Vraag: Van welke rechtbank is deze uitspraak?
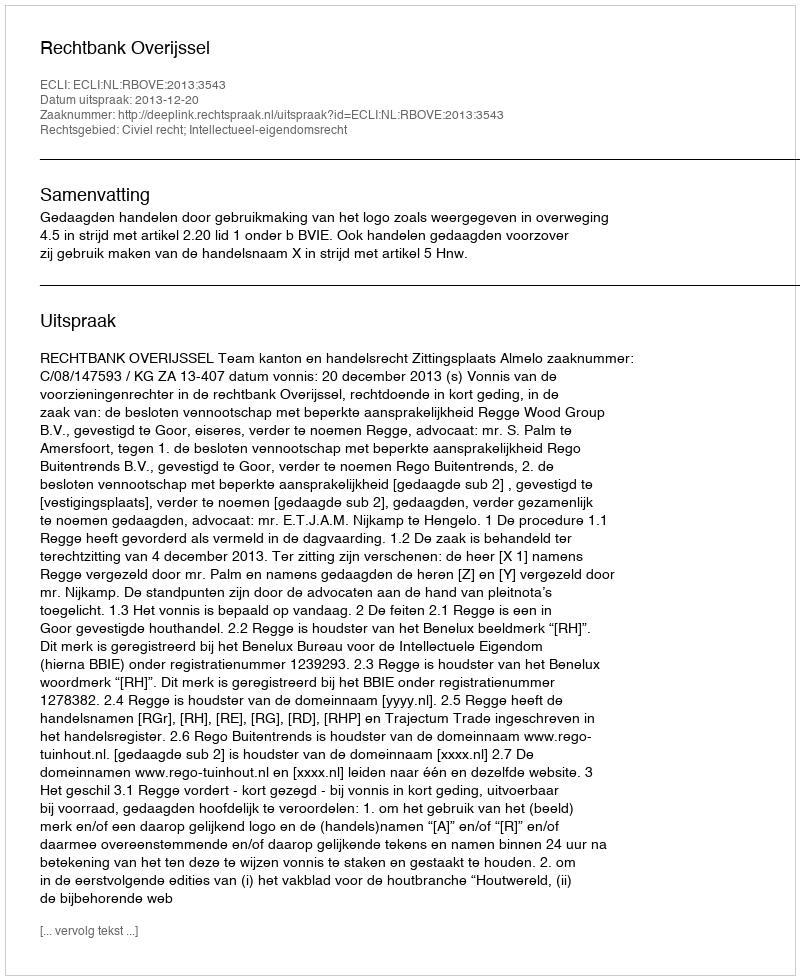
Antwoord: Rechtbank Overijssel